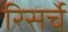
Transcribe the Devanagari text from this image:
रिसर्चे